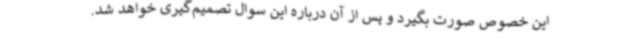
این خصوص صورت بگیرد و پس از آن درباره این سوال تصمیم‌گیری خواهد شد.